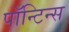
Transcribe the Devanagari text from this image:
पॉन्टिन्स